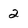
Character: 2